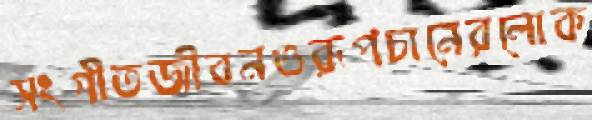
সংগীতজীবনওরূপচানেরলোক